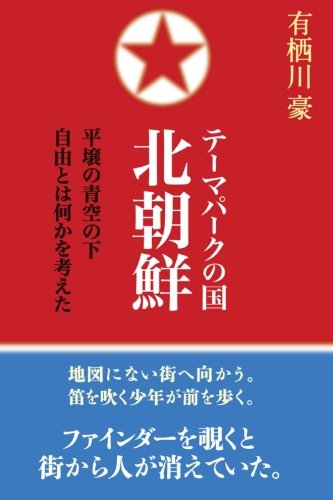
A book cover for Theme park state   North Korea: It was considered under the blue sky of Pyongyang what freedom was. (Japanese Edition); Go Arisugawa; Travel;